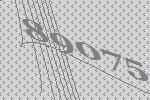
89075